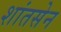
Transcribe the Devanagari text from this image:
शांतसेन